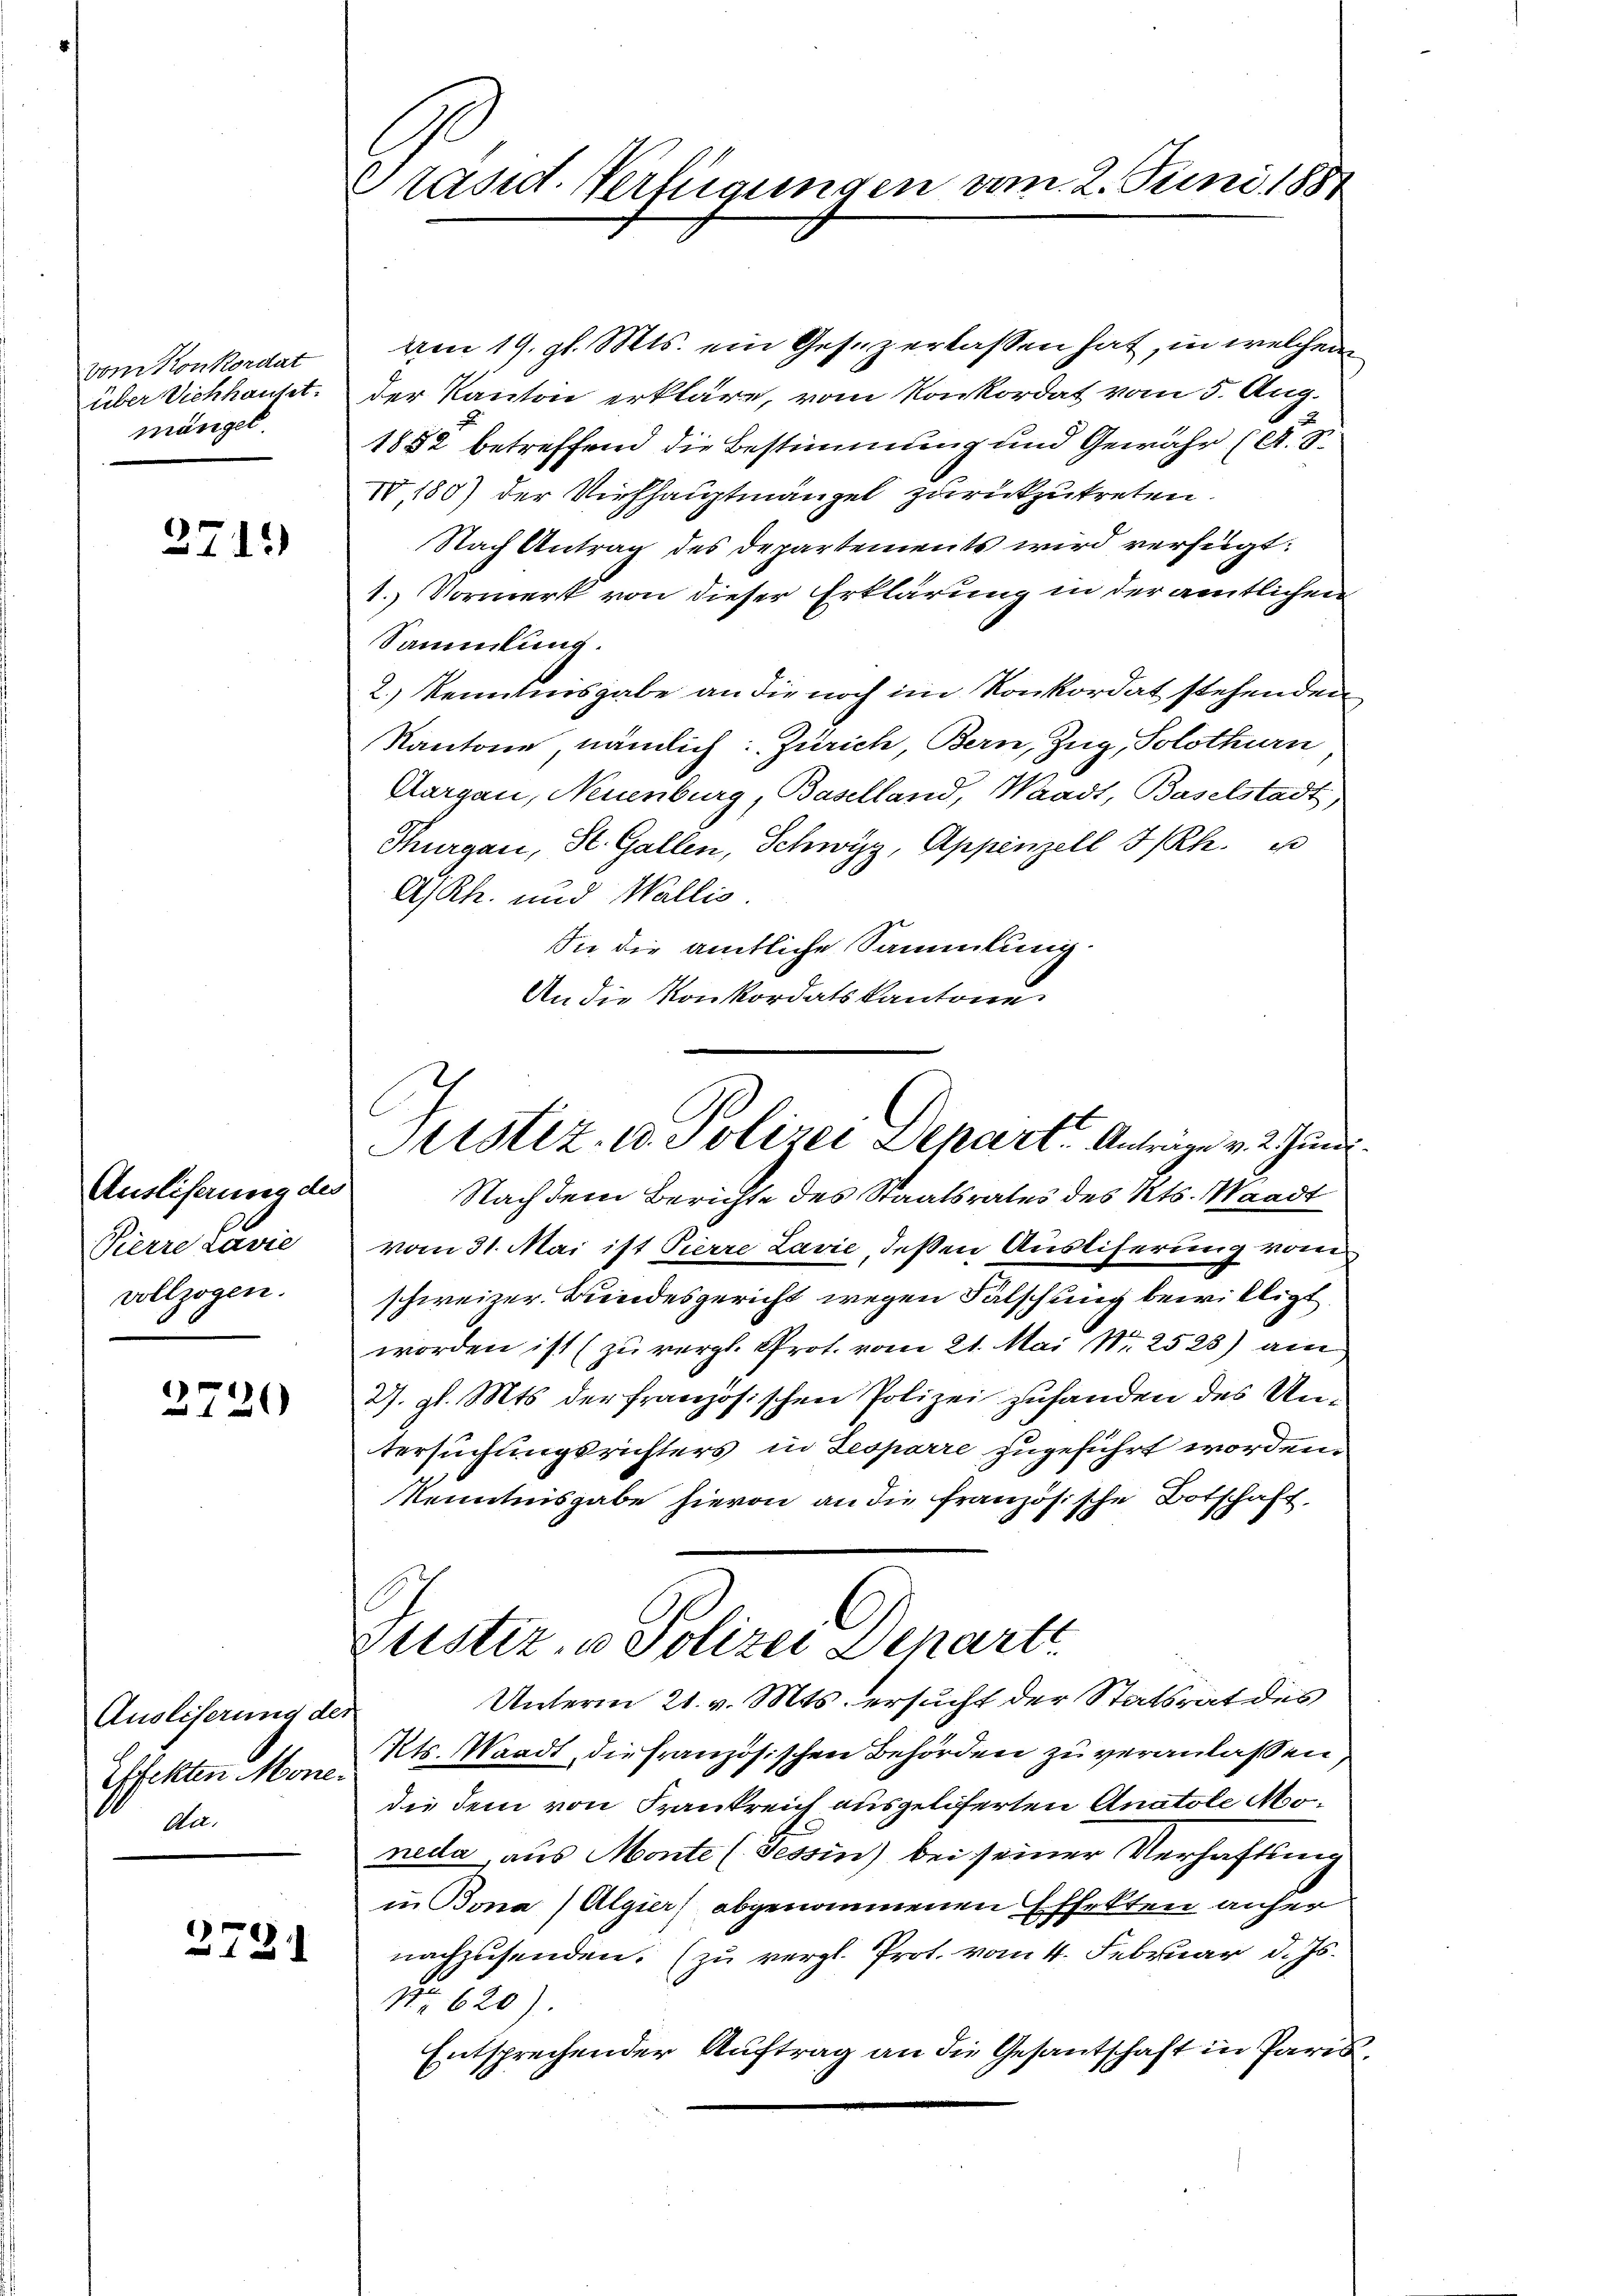
vom Konkordat
über Vichhauset.
mängel.

2711)

Ausliserung de
Pierre Lavie
vollzogen.

2720

Ausliserung de
Eschehen Mone
Au

2731

Präsid. Verfügungen am 2. Juni 1881

am 19. gl. Mts. ein Gesezerlassen hat, in welchem
der Kanton erkläre, vom Konkordat vom 5. Aug.
1882 betreffend die Bestimmung und Gewähr (A. S.
IV, 180) der Viehhauptmangel zurückzutreten.
Nach Antrag des Departements wird verfügt:
1. Vormerk von dieser Erklärung in der amtlichen
Sammlung.
2.) Kenntnisgabe an die noch im Konkordat stehenden
Kantone, nämlich: Zürich, Bern, Zug, Solothurn
Aargau, Neuenburg, Baselland, Waadt, Baselstadt,
Thurgau, St. Gallen, Schwyz, Appenzell I/Rh.
A/Rh. und Wallis.
Sie die amtliche Sammlung.
An die Konkordatskantone
c
Nachdem Berichte des Staatsrates des Kts. Waadt
vom 31. Mai ist Pierre Lavie, deßen Ausliferung vom
schweizer. Bundesgericht wegen Fälschung bewilligt
worden ist (zu vergl. Prof. vom 21. Mai Nr. 2523) am
27. gl. Mts. der französischen Polizei zufanden des Untersuchungsrichters in Lesparre zugeführt worden.
Kenntnisgabe hievon an die französische Botschaft
Zustiz- u Polizei Departe
Unterm 21. v. Mts. ersucht der Statsrat des
27
Kts. Waadt, die französischen Behörden zu veranlassen
22
die dem von Frankreich ausgelieferten Anatole Moneda, aus Monte (Tessin) bei seiner Verhaftung
in Bona (Algier abgenommenen Effekten anher
nachzusenden. (zu vergl. Prot. vom 4. Februar d. Js.
Nr 620).
Entsprechender Auftrag an die Gesantschaft in Paris

Sitstiz- u. Polizei Depart. Antrage v. 2. Zund